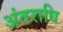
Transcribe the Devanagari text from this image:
अंतराधि